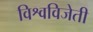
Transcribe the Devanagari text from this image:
विश्वविजेती